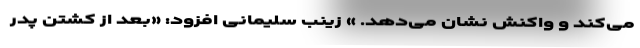
می‌کند و واکنش نشان می‌دهد. » زینب سلیمانی افزود: «بعد از کشتن پدر